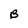
Character: B